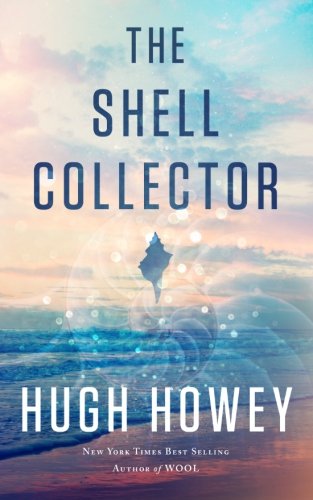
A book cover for The Shell Collector: A Story of the Seven Seas; Hugh Howey; Romance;